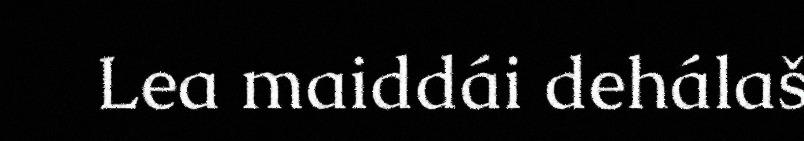
Lea maiddái dehálaš